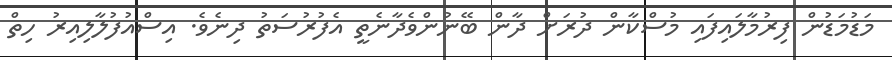
މަޑުމަޑުން ފިރުމާލައިފައި މުސްކާން ދުރަށް ދާން ބޭނުންވެދާނެތީ އެފުރުސަތު ދިނެވެ. އިސްއުފުލާލިއިރު ހިތް